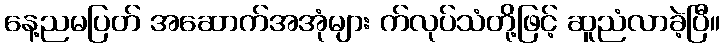
နေ့ညမပြတ် အဆောက်အအုံများ က်လုပ်သံတို့ဖြင့် ဆူညံလာခဲ့ပြီ။